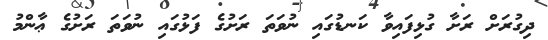
ދިގުރަށް ރަށާ ގުޅިފައިވާ ކަނޑުގައި ނުވަތަ ރަށުގެ ފަޅުގައި ނުވަތަ ރަށުގެ ޢާންމު